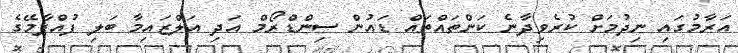
އަރާމުގައި ނިދުމަށް ކުރެވިދާނެ ކަންތައްތައް ޑައުން ސިންޑްރޯމް އަދި އަލްޒައިމާ ބަލި ފުއްޕާމޭގެ